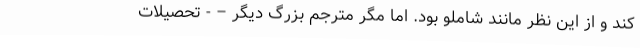
کند و از این نظر مانند شاملو بود. اما مگر مترجم بزرگ دیگر – - تحصیلات